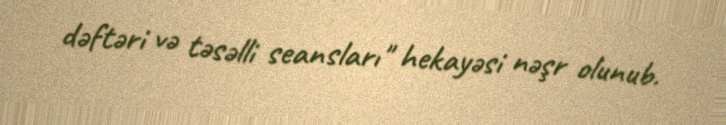
dəftəri və təsəlli seansları" hekayəsi nəşr olunub.